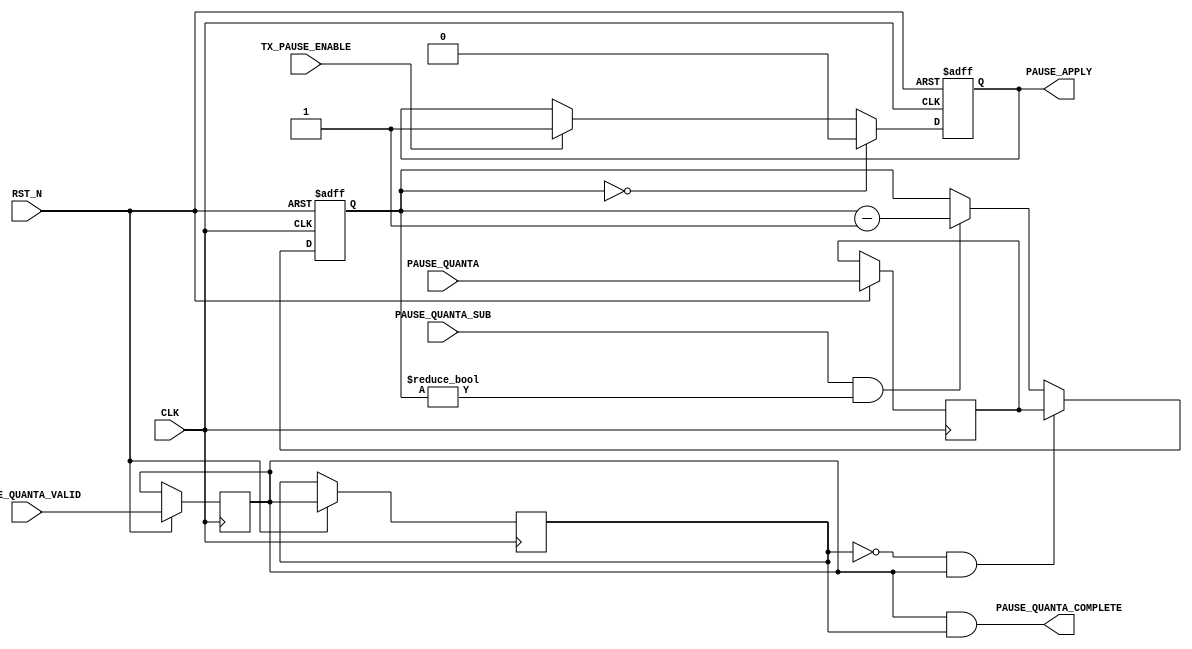
/*
* PROJECT: AQUAXIS Giga Ethernet MAC
* ----------------------------------------------------------------------
*
* aq_gemac_flow_ctrl.v
* Copyright (C) 2007-2012 H.Ishihara, http://www.aquaxis.com/
*
* Permission is hereby granted, free of charge, to any person obtaining
* a copy of this software and associated documentation files (the
* "Software"), to deal in the Software without restriction, including
* without limitation the rights to use, copy, modify, merge, publish,
* distribute, sublicense, and/or sell copies of the Software, and to
* permit persons to whom the Software is furnished to do so, subject to
* the following conditions:
*
* The above copyright notice and this permission notice shall be
* included in all copies or substantial portions of the Software.
*
* THE SOFTWARE IS PROVIDED "AS IS", WITHOUT WARRANTY OF ANY KIND,
* EXPRESS OR IMPLIED, INCLUDING BUT NOT LIMITED TO THE WARRANTIES OF
* MERCHANTABILITY, FITNESS FOR A PARTICULAR PURPOSE AND
* NONINFRINGEMENT. IN NO EVENT SHALL THE AUTHORS OR COPYRIGHT HOLDERS BE
* LIABLE FOR ANY CLAIM, DAMAGES OR OTHER LIABILITY, WHETHER IN AN ACTION
* OF CONTRACT, TORT OR OTHERWISE, ARISING FROM, OUT OF OR IN CONNECTION
* WITH THE SOFTWARE OR THE USE OR OTHER DEALINGS IN THE SOFTWARE.
*
* For further information please contact.
*   http://www.aquaxis.com/
*   info(at)aquaxis.com or hidemi(at)sweetcafe.jp
*
* 2007/01/06 H.Ishihara	Create
* 2011/04/24 rename
*/
module aq_gemac_flow_ctrl(
	input			RST_N,
	input			CLK,				// Clock from Tx Clock

	// From CPU
	input			TX_PAUSE_ENABLE,

	// Rx MAC
	input [15:0]	PAUSE_QUANTA,
	input			PAUSE_QUANTA_VALID,
	output			PAUSE_QUANTA_COMPLETE,

	// Tx MAC
	output			PAUSE_APPLY,
	input			PAUSE_QUANTA_SUB
);

	reg			PauseQuantaValidDl1, PauseQuantaValidDl2;
	reg [15:0]	PauseQuanta, PauseQuantaCount;
	reg			PauseApply;

	always @(posedge CLK or negedge RST_N) begin
		if(!RST_N) begin
		end else begin
			PauseQuantaValidDl1	<= PAUSE_QUANTA_VALID;
			PauseQuantaValidDl2	<= PauseQuantaValidDl1;
			PauseQuanta			<= PAUSE_QUANTA;
		end
	end

	always @(posedge CLK or negedge RST_N) begin
		if(!RST_N)												PauseQuantaCount <= 16'd0;
		else if(!PauseQuantaValidDl2 && PauseQuantaValidDl1)	PauseQuantaCount <= PauseQuanta;
		else if(PAUSE_QUANTA_SUB && PauseQuantaCount != 0)		  PauseQuantaCount <= PauseQuantaCount - 16'd1;
	end

	always @(posedge CLK or negedge RST_N) begin
		if(!RST_N)						PauseApply <= 1'b0;
		else if(PauseQuantaCount == 0)	PauseApply <= 1'b0;
		else if(TX_PAUSE_ENABLE)		PauseApply <= 1'b1;
	end

	assign PAUSE_QUANTA_COMPLETE	= PauseQuantaValidDl1 & PauseQuantaValidDl2;
	assign PAUSE_APPLY				= PauseApply;
endmodule